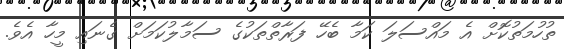
ތުހުމަތުކޮށް އެ މައްސަލަ ކަމާ ބެހޭ ފަރާތްތަކުގެ ސަމާލުކަމަށް ގެނައި މީހާ އެވެ.